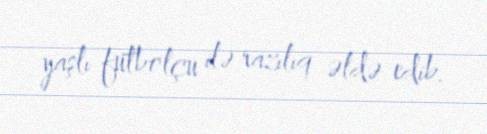
yaşlı futbolçu ilə razılıq əldə edib.